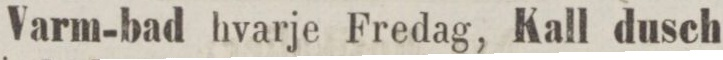
Varm-bad hvarje Fredag, Kall dusch